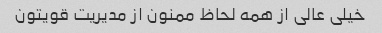
خیلی عالی از همه لحاظ ممنون از مدیریت قویتون